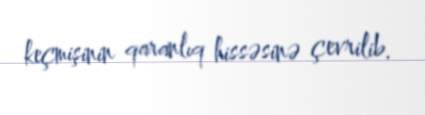
keçmişinin qaranlıq hissəsinə çevrilib.